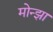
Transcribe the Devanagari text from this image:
मोन्झा